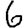
Digit: 6